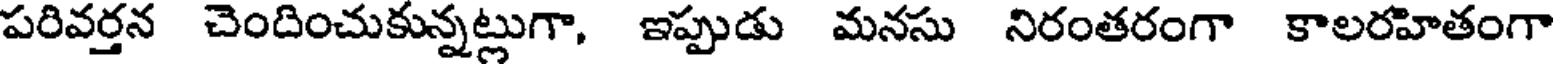
పరివర్తన చెందించుకున్నట్లుగా, ఇప్పుడు మనసు నిరంతరంగా కాలరహితంగా